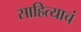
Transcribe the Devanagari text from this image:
साहित्याचं